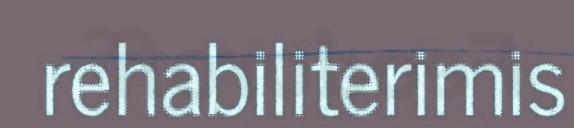
rehabiliterimis